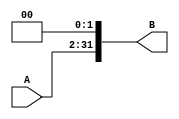
`timescale 1ns / 1ps
//////////////////////////////////////////////////////////////////////////////////
// Company: 
// Engineer: 
// 
// Design Name: 
// Module Name:    Alineador 
// Project Name: 
// Target Devices: 
// Tool versions: 
// Description: 
//
// Dependencies: 
//
// Revision: 
// Revision 0.01 - File Created
// Additional Comments: 
//
//////////////////////////////////////////////////////////////////////////////////
module Alineador(
    input [29:0] A,//Variable de entrada
    output wire [31:0] B//Variable de salida
    );
	 
	// assign B={A[29:0],2'b0};//Se alinea la variable de entrada
assign B[0]=1'b0;//Se alinea la variable de entrada
assign B[1]=1'b0;//Se alinea la variable de entrada
assign B[2]= A[0];
assign B[3]= A[1];
assign B[4]= A[2];
assign B[5]= A[3];
assign B[6]= A[4];
assign B[7]= A[5];
assign B[8]= A[6];
assign B[9]= A[7]; 
assign B[10]= A[8];
assign B[11]= A[9];
assign B[12]= A[10];
assign B[13]= A[11];
assign B[14]= A[12];
assign B[15]= A[13];
assign B[16]= A[14];
assign B[17]= A[15];
assign B[18]= A[16];
assign B[19]= A[17];
assign B[20]= A[18];
assign B[21]= A[19];
assign B[22]= A[20];
assign B[23]= A[21];
assign B[24]= A[22];
assign B[25]= A[23];
assign B[26]= A[24];
assign B[27]= A[25];
assign B[28]= A[26];
assign B[29]= A[27];
assign B[30]= A[28];
assign B[31]= A[29];

endmodule